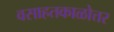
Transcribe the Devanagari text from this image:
वसाहतकाळोत्तर